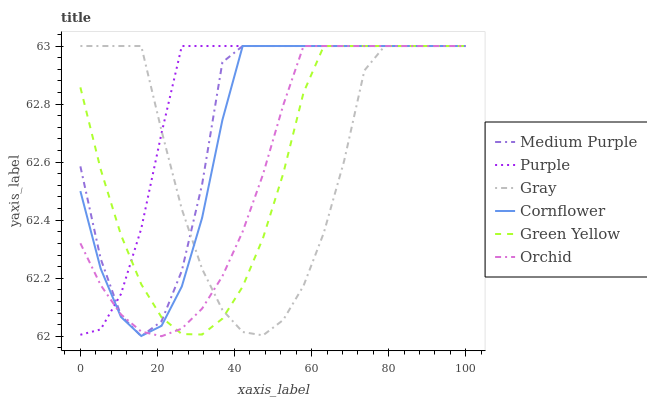
| xaxis_label | Medium Purple | Purple | Gray | Cornflower | Green Yellow | Orchid |
 | --- | --- | --- | --- | --- | --- | --- |
 | 0 | 62.6 | 62 | 63 | 62.5 | 62.9 | 62.3 |
 | 5.26 | 62.3 | 62 | 63 | 62.2 | 62.6 | 62.2 |
 | 10.5 | 62.1 | 62.1 | 63 | 62.1 | 62.3 | 62.1 |
 | 15.8 | 62 | 62.4 | 63 | 62 | 62.2 | 62 |
 | 21.1 | 62.1 | 62.7 | 62.7 | 62 | 62.1 | 62 |
 | 26.3 | 62.2 | 63 | 62.4 | 62.2 | 62 | 62 |
 | 31.6 | 62.5 | 63 | 62.2 | 62.4 | 62 | 62.1 |
 | 36.8 | 62.9 | 63 | 62.1 | 62.7 | 62.1 | 62.2 |
 | 42.1 | 63 | 63 | 62 | 63 | 62.2 | 62.4 |
 | 47.4 | 63 | 63 | 62 | 63 | 62.3 | 62.6 |
 | 52.6 | 63 | 63 | 62.1 | 63 | 62.6 | 62.8 |
 | 57.9 | 63 | 63 | 62.2 | 63 | 62.8 | 63 |
 | 63.2 | 63 | 63 | 62.4 | 63 | 63 | 63 |
 | 68.4 | 63 | 63 | 62.6 | 63 | 63 | 63 |
 | 73.7 | 63 | 63 | 62.9 | 63 | 63 | 63 |
 | 78.9 | 63 | 63 | 63 | 63 | 63 | 63 |
 | 84.2 | 63 | 63 | 63 | 63 | 63 | 63 |
 | 89.5 | 63 | 63 | 63 | 63 | 63 | 63 |
 | 94.7 | 63 | 63 | 63 | 63 | 63 | 63 |
 | 100 | 63 | 63 | 63 | 63 | 63 | 63 |